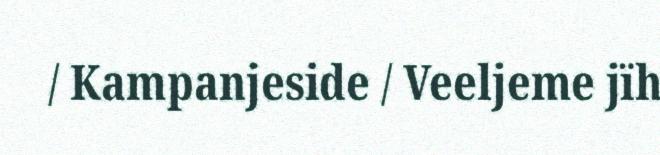
/ Kampanjeside / Veeljeme jïh